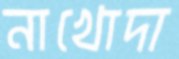
নাখোদা